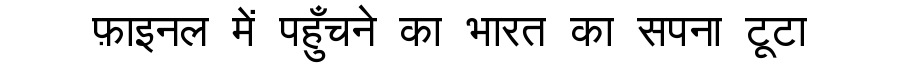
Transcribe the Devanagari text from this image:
फ़ाइनल में पहुँचने का भारत का सपना टूटा